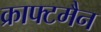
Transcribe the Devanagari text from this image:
क्राफ्टमैन